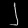
Digit: ၂